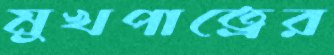
মুখপাত্রের